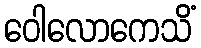
ဝေါလောကေသိံ